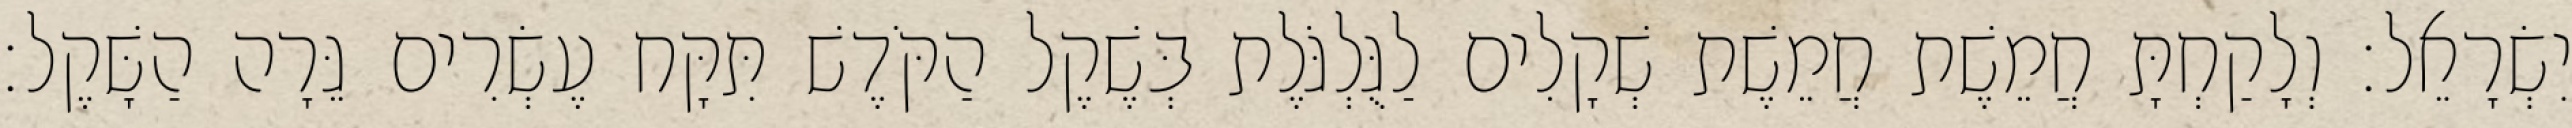
יִשְׂרָאֵל׃ וְלָקַחְתָּ חֲמֵשֶׁת חֲמֵשֶׁת שְׁקָלִים לַגֻּלְגֹּלֶת בְּשֶׁקֶל הַקֹּדֶשׁ תִּקָּח עֶשְׂרִים גֵּרָה הַשָּׁקֶל׃